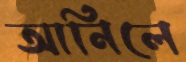
আনিলে